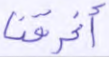
أغرقنا